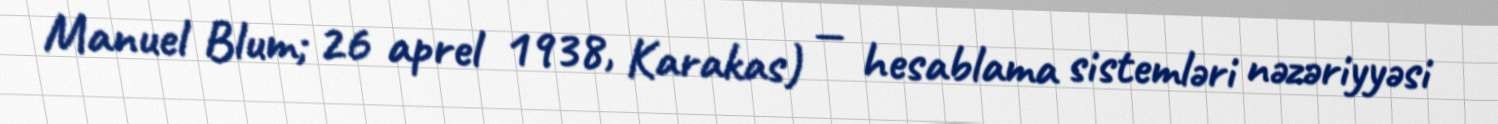
Manuel Blum; 26 aprel 1938, Karakas) — hesablama sistemləri nəzəriyyəsi